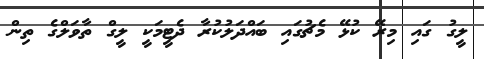
ލީގު ގައި މިރޭ ކުޅޭ މެޗުގައި ބައްދަލުކުރާ ދެޓީމަކީ ލީގް ތާވަލްގެ ތިން